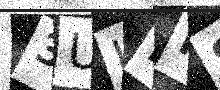
Text: 3ULHI8